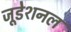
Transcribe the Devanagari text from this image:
जूडेशनल